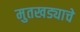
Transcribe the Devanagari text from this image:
मुतखड्याचे